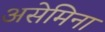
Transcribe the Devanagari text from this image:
असेमिना